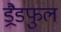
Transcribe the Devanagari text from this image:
ड्रैडफुल